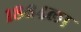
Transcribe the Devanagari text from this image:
१८६४ला